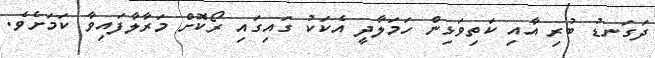
ދަގަނޑު ބުރި އާއި ކަތިވަޅިން ހަމަލާދީ އެކަކު ގައިގައި ރޯކޮށް މަރާލާފައިވާ ކަމަށެވެ.